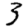
Digit: 3